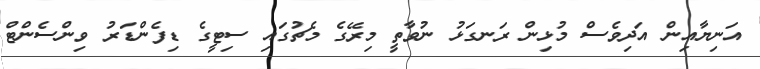
އަނިޔާއިން އަދިވެސް މުޅިން ރަނގަޅު ނުވާތީ މިރޭގެ މެޗުގައި ސިޓީގެ ޑިފެންޑަރު ވިންސެންޓް